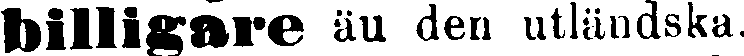
billigare än den utländska.